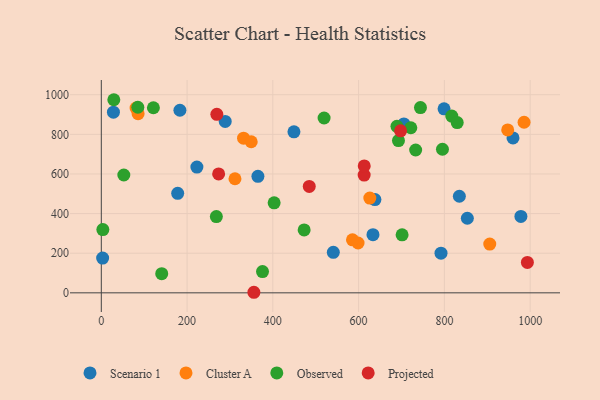
{"axis": {"x": "Engine Size", "y": "Profit"}, "legend": ["Cluster A", "Observed", "Projected", "Scenario 1"], "data": [{"x": "28.3", "y": 911.8, "type": "Scenario 1"}, {"x": "799.2", "y": 928.6, "type": "Scenario 1"}, {"x": "541.0", "y": 204.5, "type": "Scenario 1"}, {"x": "449.2", "y": 812.6, "type": "Scenario 1"}, {"x": "792.1", "y": 200.1, "type": "Scenario 1"}, {"x": "960.0", "y": 781.9, "type": "Scenario 1"}, {"x": "288.9", "y": 865.4, "type": "Scenario 1"}, {"x": "638.0", "y": 470.5, "type": "Scenario 1"}, {"x": "633.5", "y": 293.3, "type": "Scenario 1"}, {"x": "834.9", "y": 487.6, "type": "Scenario 1"}, {"x": "978.4", "y": 385.9, "type": "Scenario 1"}, {"x": "365.2", "y": 588.1, "type": "Scenario 1"}, {"x": "3.1", "y": 175.6, "type": "Scenario 1"}, {"x": "853.5", "y": 376.4, "type": "Scenario 1"}, {"x": "705.6", "y": 852.4, "type": "Scenario 1"}, {"x": "178.1", "y": 502.2, "type": "Scenario 1"}, {"x": "183.3", "y": 921.7, "type": "Scenario 1"}, {"x": "222.9", "y": 634.8, "type": "Scenario 1"}, {"x": "85.8", "y": 904.3, "type": "Cluster A"}, {"x": "311.7", "y": 575.7, "type": "Cluster A"}, {"x": "985.8", "y": 860.9, "type": "Cluster A"}, {"x": "331.7", "y": 780.6, "type": "Cluster A"}, {"x": "626.1", "y": 478.2, "type": "Cluster A"}, {"x": "947.6", "y": 822.4, "type": "Cluster A"}, {"x": "349.6", "y": 762.7, "type": "Cluster A"}, {"x": "905.8", "y": 246.2, "type": "Cluster A"}, {"x": "81.1", "y": 932.6, "type": "Cluster A"}, {"x": "598.7", "y": 251.6, "type": "Cluster A"}, {"x": "585.7", "y": 267.7, "type": "Cluster A"}, {"x": "29.2", "y": 974.7, "type": "Observed"}, {"x": "692.9", "y": 768.7, "type": "Observed"}, {"x": "85.2", "y": 936.8, "type": "Observed"}, {"x": "689.4", "y": 840.4, "type": "Observed"}, {"x": "268.3", "y": 385.0, "type": "Observed"}, {"x": "817.2", "y": 892.1, "type": "Observed"}, {"x": "795.5", "y": 724.6, "type": "Observed"}, {"x": "519.5", "y": 882.5, "type": "Observed"}, {"x": "744.2", "y": 935.2, "type": "Observed"}, {"x": "403.0", "y": 454.1, "type": "Observed"}, {"x": "121.5", "y": 934.1, "type": "Observed"}, {"x": "140.9", "y": 96.5, "type": "Observed"}, {"x": "733.0", "y": 721.0, "type": "Observed"}, {"x": "473.0", "y": 317.6, "type": "Observed"}, {"x": "375.9", "y": 107.5, "type": "Observed"}, {"x": "829.9", "y": 859.2, "type": "Observed"}, {"x": "3.6", "y": 319.2, "type": "Observed"}, {"x": "721.7", "y": 833.2, "type": "Observed"}, {"x": "701.4", "y": 293.0, "type": "Observed"}, {"x": "52.5", "y": 594.7, "type": "Observed"}, {"x": "355.8", "y": 2.8, "type": "Projected"}, {"x": "612.9", "y": 594.4, "type": "Projected"}, {"x": "697.9", "y": 817.6, "type": "Projected"}, {"x": "273.6", "y": 600.3, "type": "Projected"}, {"x": "269.4", "y": 901.2, "type": "Projected"}, {"x": "993.5", "y": 153.4, "type": "Projected"}, {"x": "613.1", "y": 640.7, "type": "Projected"}, {"x": "484.9", "y": 537.0, "type": "Projected"}]}